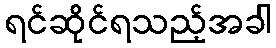
ရင်ဆိုင်ရသည့်အခါ